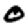
Digit: 0